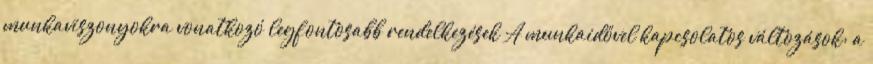
munkaviszonyokra vonatkozó legfontosabb rendelkezések A munkaidővel kapcsolatos változások: a